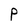
Character: P